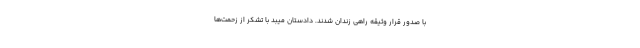
با صدور قرار وثیقه راهی زندان شدند. دادستان میبد با تشکر از زحمت‌ها